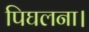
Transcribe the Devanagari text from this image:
पिघलना।